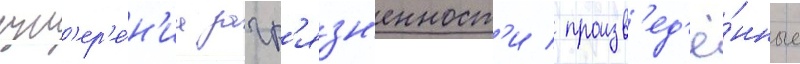
изм'ер'е́н'иа загр'язн'енност'и / произв'ед'ё́нные